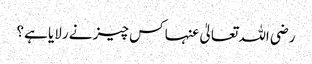
رضی اللہ تعالیٰ عنہا کس چیز نے رلایا ہے؟